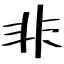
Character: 非